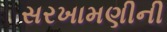
સરખામણીની